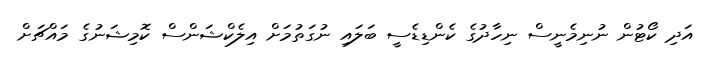
އަދި ކޯޓުން ނުނިމެނީސް ނިހާދުގެ ކެންޑިޑެސީ ބަލައި ނުގަތުމަށް އިލެކްޝަންސް ކޮމިޝަނުގެ މައްޗަށް